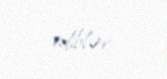
ediblər.